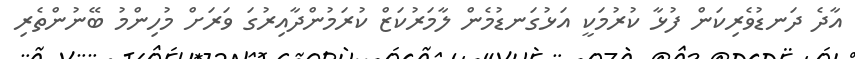
އާދެ ދަނޑުވެރިކަން ފުޅާ ކުރުމަކީ އަޅުގަނޑުމެން ލާމަރުކަޒް ކުރަމުންދާއިރުގަ ވަރަށް މުހިންމު ބޭނުންތެރި